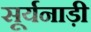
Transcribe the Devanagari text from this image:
सूर्यनाड़ी